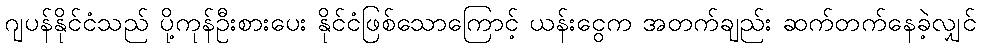
ဂျပန်နိုင်ငံသည် ပို့ကုန်ဦးစားပေး နိုင်ငံဖြစ်သောကြောင့် ယန်းငွေက အတက်ချည်း ဆက်တက်နေခဲ့လျှင်